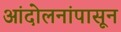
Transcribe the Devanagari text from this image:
आंदोलनांपासून